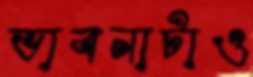
ভাবনাটাও